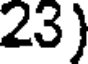
23)